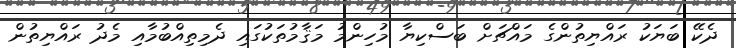
ދެކޭ ބަޔަކު ރައްޔިތުންގެ މައްޗަށް ބަސްކިޔާ މުހިންމު މަޤާމުތަކުގައި ދެމިތިއްބުމާއި މެދު ރައްޔިތުން